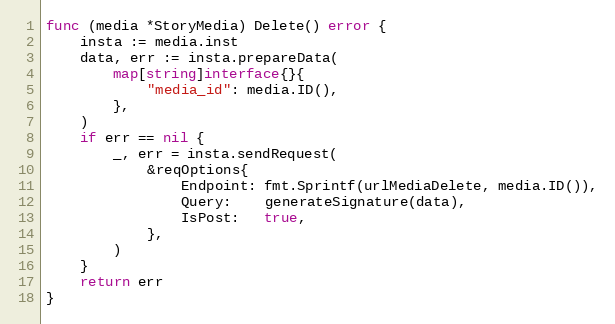
Language: Go
func (media *StoryMedia) Delete() error {
	insta := media.inst
	data, err := insta.prepareData(
		map[string]interface{}{
			"media_id": media.ID(),
		},
	)
	if err == nil {
		_, err = insta.sendRequest(
			&reqOptions{
				Endpoint: fmt.Sprintf(urlMediaDelete, media.ID()),
				Query:    generateSignature(data),
				IsPost:   true,
			},
		)
	}
	return err
}